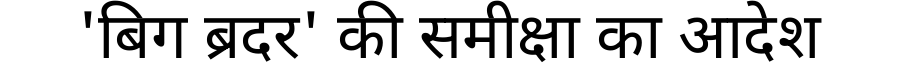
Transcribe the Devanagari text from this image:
'बिग ब्रदर' की समीक्षा का आदेश